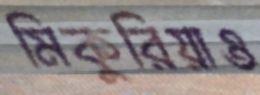
মিকুরিয়াও